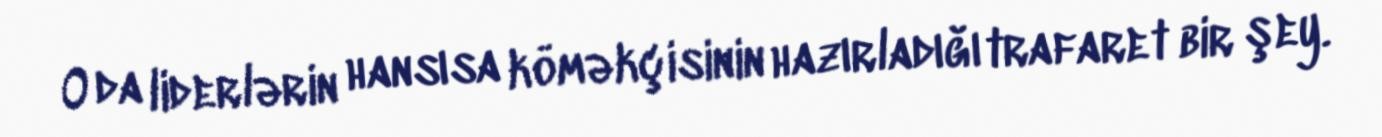
O da liderlərin hansısa köməkçisinin hazırladığı trafaret bir şey.